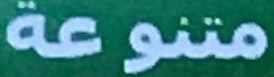
متنوعة